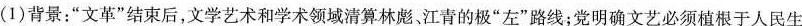
（1)背景：”文革”结束后，文学艺术和学术领域清算林彪、江青的极”左”路线；党明确文艺必须植根于人民生